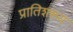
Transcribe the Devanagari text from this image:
प्रातिशरूय